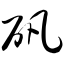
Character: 矾